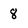
Character: 8